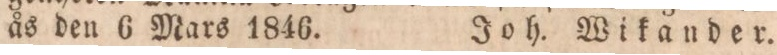
ås den 6 Mars 1846.    Joh. Wikander.